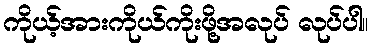
ကိုယ့်အားကိုယ်ကိုးဖို့အလုပ် လုပ်ပါ။